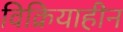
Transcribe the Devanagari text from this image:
विक्रियाहीन